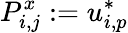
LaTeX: P_{i,j}^{x}:=u_{i,p}^{*}